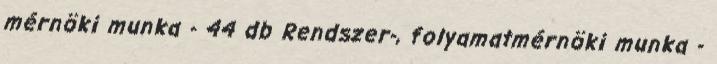
mérnöki munka - 44 db Rendszer-, folyamatmérnöki munka -